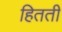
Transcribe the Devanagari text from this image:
हितती